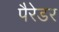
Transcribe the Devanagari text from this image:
पैरेडर